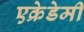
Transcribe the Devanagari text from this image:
एक्रेडेमी